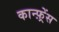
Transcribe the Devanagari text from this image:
कान्‍फ़्रेंस